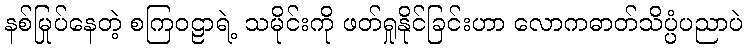
နစ်မြုပ်နေတဲ့ စကြဝဠာရဲ့ သမိုင်းကို ဖတ်ရှုနိုင်ခြင်းဟာ လောကဓာတ်သိပ္ပံပညာပဲ